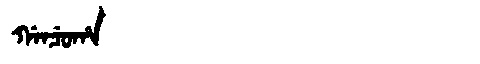
Manchu: ᡤᠠᠨᠴᡠᡥᠠ
Romanization: GANCUHA